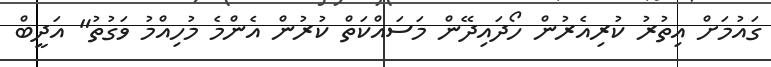
ގައުމަށް އިތުރު ކުރިއެރުން ހޯދައިދޭން މަސައްކަތް ކުރުން އެންމެ މުހިއްމު ވަގުތު" އަދީބް